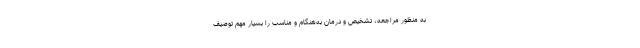
به منظور مراجعه، تشخیص و درمان به‌هنگام و مناسب را بسیار مهم توصیف